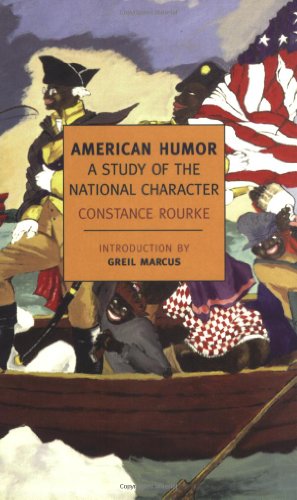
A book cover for American Humor: A Study of the National Character (New York Review Books Classics); Constance Rourke; Humor & Entertainment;